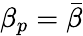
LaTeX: \beta_{p}=\bar{\beta}